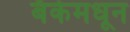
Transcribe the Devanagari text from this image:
बँकेमधून